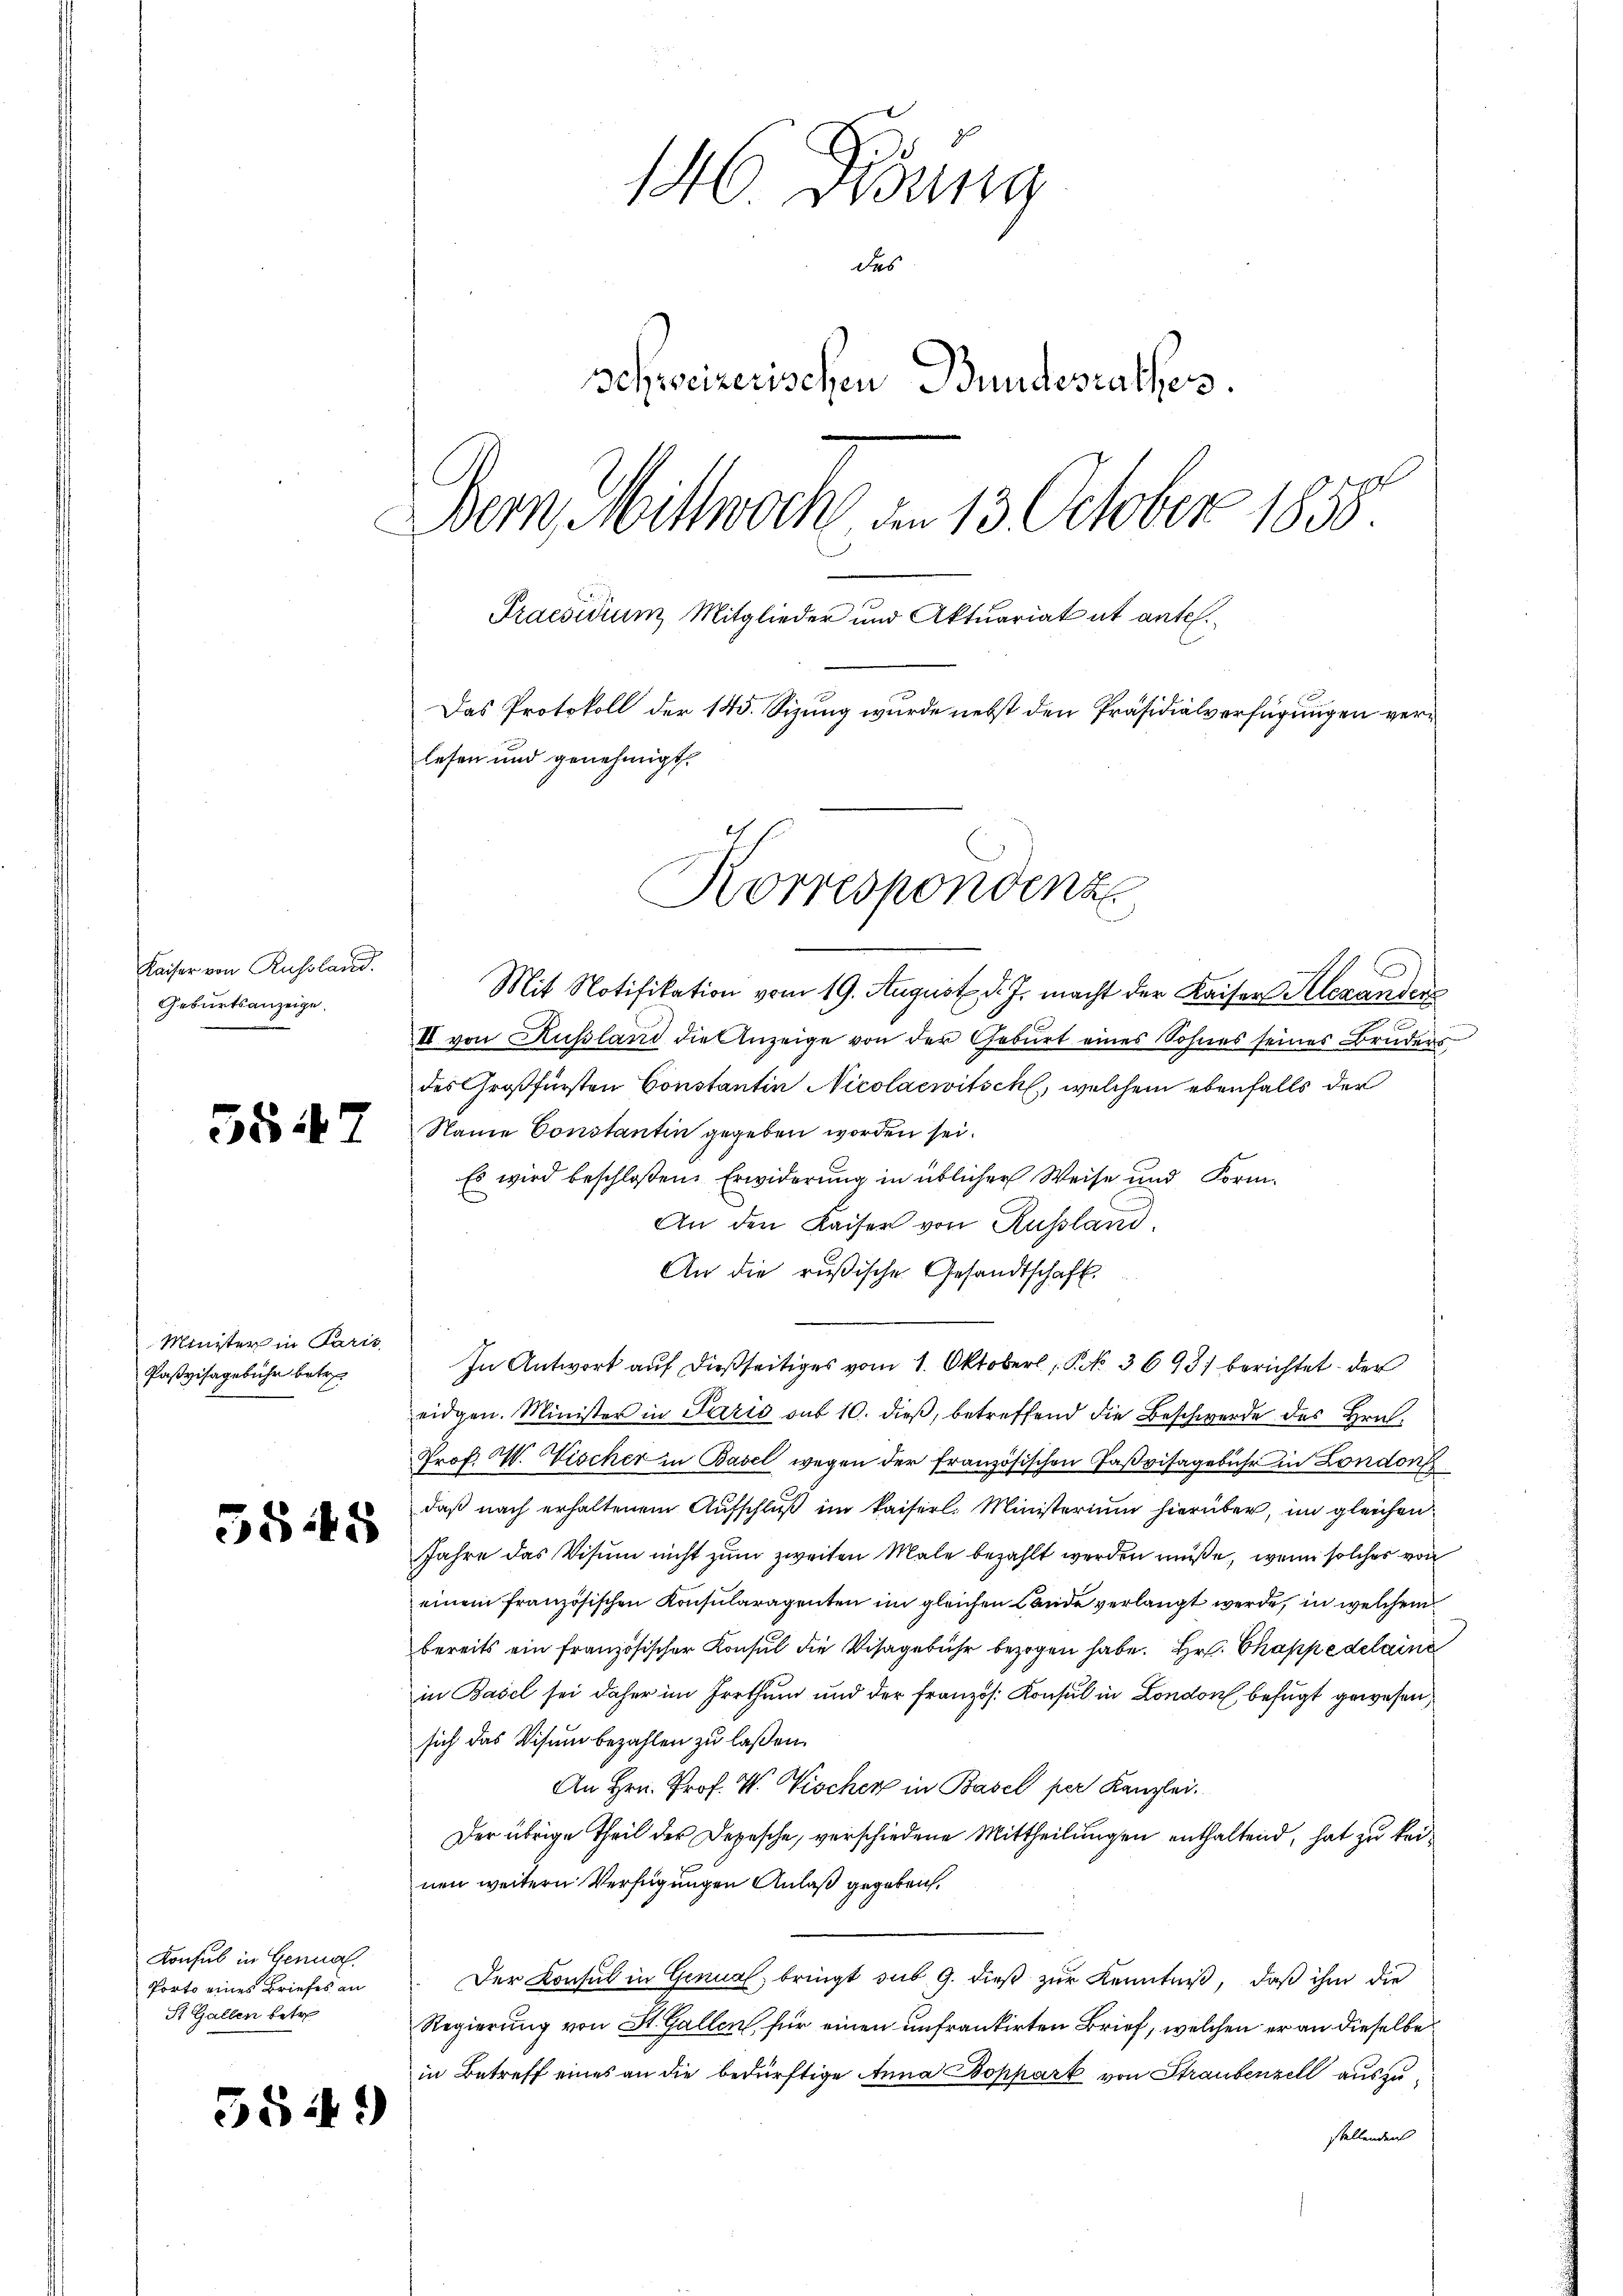
Kaiser von Russland.
Geburtsanzeige.

5847

Minister in Paris
Paßvisagebühr betr.

58:48

Konsul in Genua,
Porto eines Briefes an
St. Gallen betr

3549

146 Didung
das
vehrseizerischen Bundesrathes.
Bern, Mittwoch, den 13. October 1858.
Praesidium Mitglieder und Aktuariat ut antes.
Das Protokoll der 145. Sizung wurde nebst den Präsidialverfügungen verlesen und genehmigt.
Korrespondenz

Mit Notifikation vom 19. August d. J. macht der Kaiser Alexanders
II von Russland die Anzeige von der Geburt eines Sohnes seines Bruders
des Großfürsten Constantin Nicolacwitsch, welchem ebenfalls der
Name Constantin gegeben worden sei.
Es wird beschloßen: Erwiderung in üblicher Weise und Form-
An den Kaiser von Russland.
An die rusische Gesandtschaft.
In Antwort auf dießseitiges vom 1. Oktoberl, No. 3698) berichtet der
eidgen. Minister in Paris sub 10. dieß, betreffend die Beschwerde des Hrn.
Prof. W. Vischer in Basel wegen der französischen Gaßvisagebühr in London
daβ nach erhaltenem Aŭfschlŭβ im kaiserl. Ministerium hierüber, im gleichen
Jahre das Visum nicht zum zweiten Male bezahlt werden müße, wenn solches von
einem französischen Konsularagenten im gleichen Lande verlangt werde, in welchem
bereits ein französischer Konsul die Visagebühr bezogen habe. Hr. Chappe delaine
in Basel sei daher im Irrthum und der französ. Konsul in Londo befugt gewesen,
sich das Visum bezahlen zu laßen.
An Hrn. Prof. W. Vischer in Basel per Kanzlei.
Der übrige Theil der Depesche, verschiedene Mittheilungen enthaltend, hat zu keinen weitern Verfügungen Anlaß gegeben,
Der Konsul in Genual, bringt sub 9. dieß zur Kenntniß, daß ihm die
Regierung von St. Gallen, für einen unfrankirten Brief, welchen er an dieselbe
in Betreff eines an die bedürftige Anna Boppart von Straubenzell auszustellenden